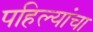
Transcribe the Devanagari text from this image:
पहिल्यांचा